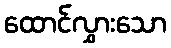
ထောင်လွှားသော